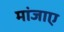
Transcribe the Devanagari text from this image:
मांजाए